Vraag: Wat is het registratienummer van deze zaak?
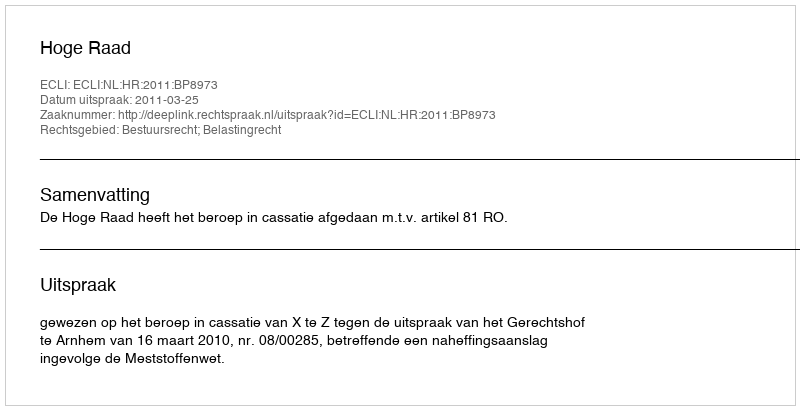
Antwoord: http://deeplink.rechtspraak.nl/uitspraak?id=ECLI:NL:HR:2011:BP8973